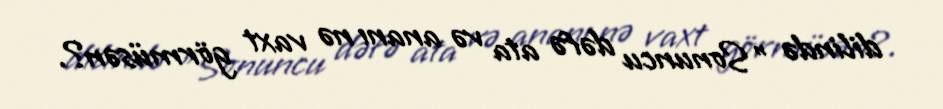
dilində "Sonuncu dəfə ata və ananı nə vaxt görmüsən?.